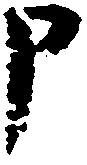
申